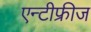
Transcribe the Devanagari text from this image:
एन्टीफ्रीज